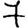
Digit: 7